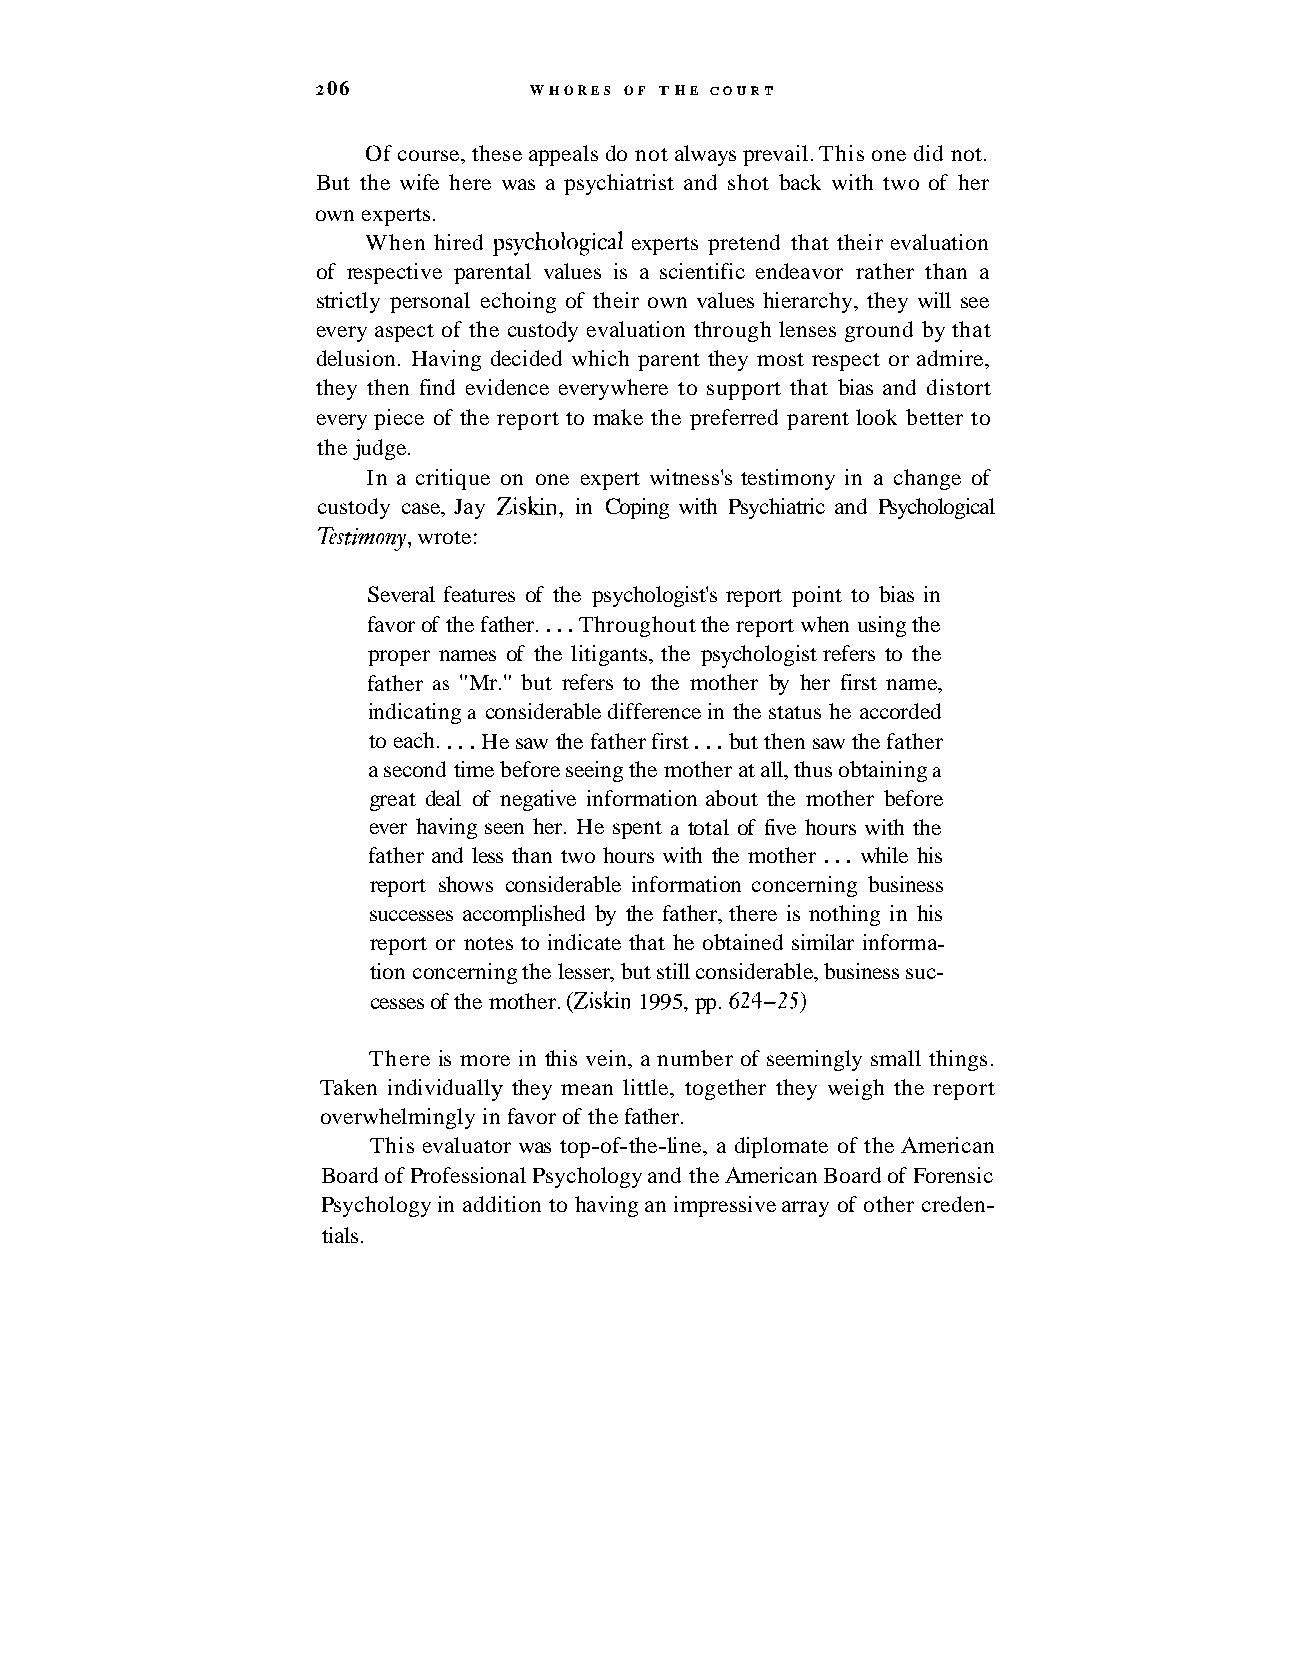
2 06          WHORES OF THE COURT
 Of course, these appeals do not always prevail. This one did not.
 But the wife here was a psychiatrist and shot back with two of her
 own experts.
 When hired psychological experts pretend that their evaluation
 of respective parental values is a scientific endeavor rather than a
 strictly personal echoing of their own values hierarchy, they will see
 every aspect of the custody evaluation through lenses ground by that
 delusion. Having decided which parent they most respect or admire,
 they then find evidence everywhere to support that bias and distort
 every piece of the report to make the preferred parent look better to
 the judge.
 In a critique on one expert witness's testimony in a change of
 custody case, Jay Ziskin, in Coping with Psychiatric and Psychological
 Testimony, wrote:
 Several features of the psychologist's report point to bias in
 favor of the father. . . . Throughout the report when using the
 proper names of the litigants, the psychologist refers to the
 father as "Mr." but refers to the mother by her first name,
 indicating a considerable difference in the status he accorded
 to each. . . . He saw the father first . . . but then saw the father
 a second time before seeing the mother at all, thus obtaining a
 great deal of negative information about the mother before
 ever having seen her. He spent a total of five hours with the
 father and less than two hours with the mother . . . while his
 report shows considerable information concerning business
 successes accomplished by the father, there is nothing in his
 report or notes to indicate that he obtained similar informa-
 tion concerning the lesser, but still considerable, business suc-
 cesses of the mother. (Zislun 1995, pp. 624-25)
 There is more in this vein, a number of seemingly small things.
 Taken individually they mean little, together they weigh the report
 overwhelmingly in favor of the father.
 This evaluator was top-of-the-line, a diplomate of the American
 Board of Professional Psychology and the American Board of Forensic
 Psychology in addition to having an impressive array of other creden-
 tials.